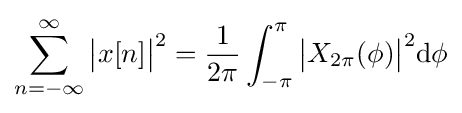
\sum _{n=-\infty }^{\infty }{\bigl |}x[n]{\bigr |}^{2}={\frac {1}{2\pi }}\int _{-\pi }^{\pi }{\bigl |}X_{2\pi }({\phi }){\bigr |}^{2}\mathrm {d} \phi